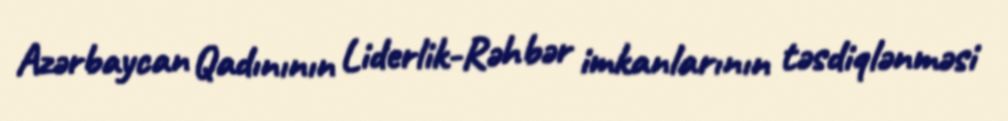
Azərbaycan Qadınının Liderlik-Rəhbər imkanlarının təsdiqlənməsi